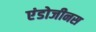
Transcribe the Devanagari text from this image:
एंडोजीनस